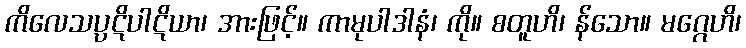
ကိလေသပ္ပဋိပါဋိယာ၊ အားဖြင့်။ ကာမုပါဒါနံ၊ ကို။ စတူဟိ၊ န်သော။ မဂ္ဂေဟိ၊